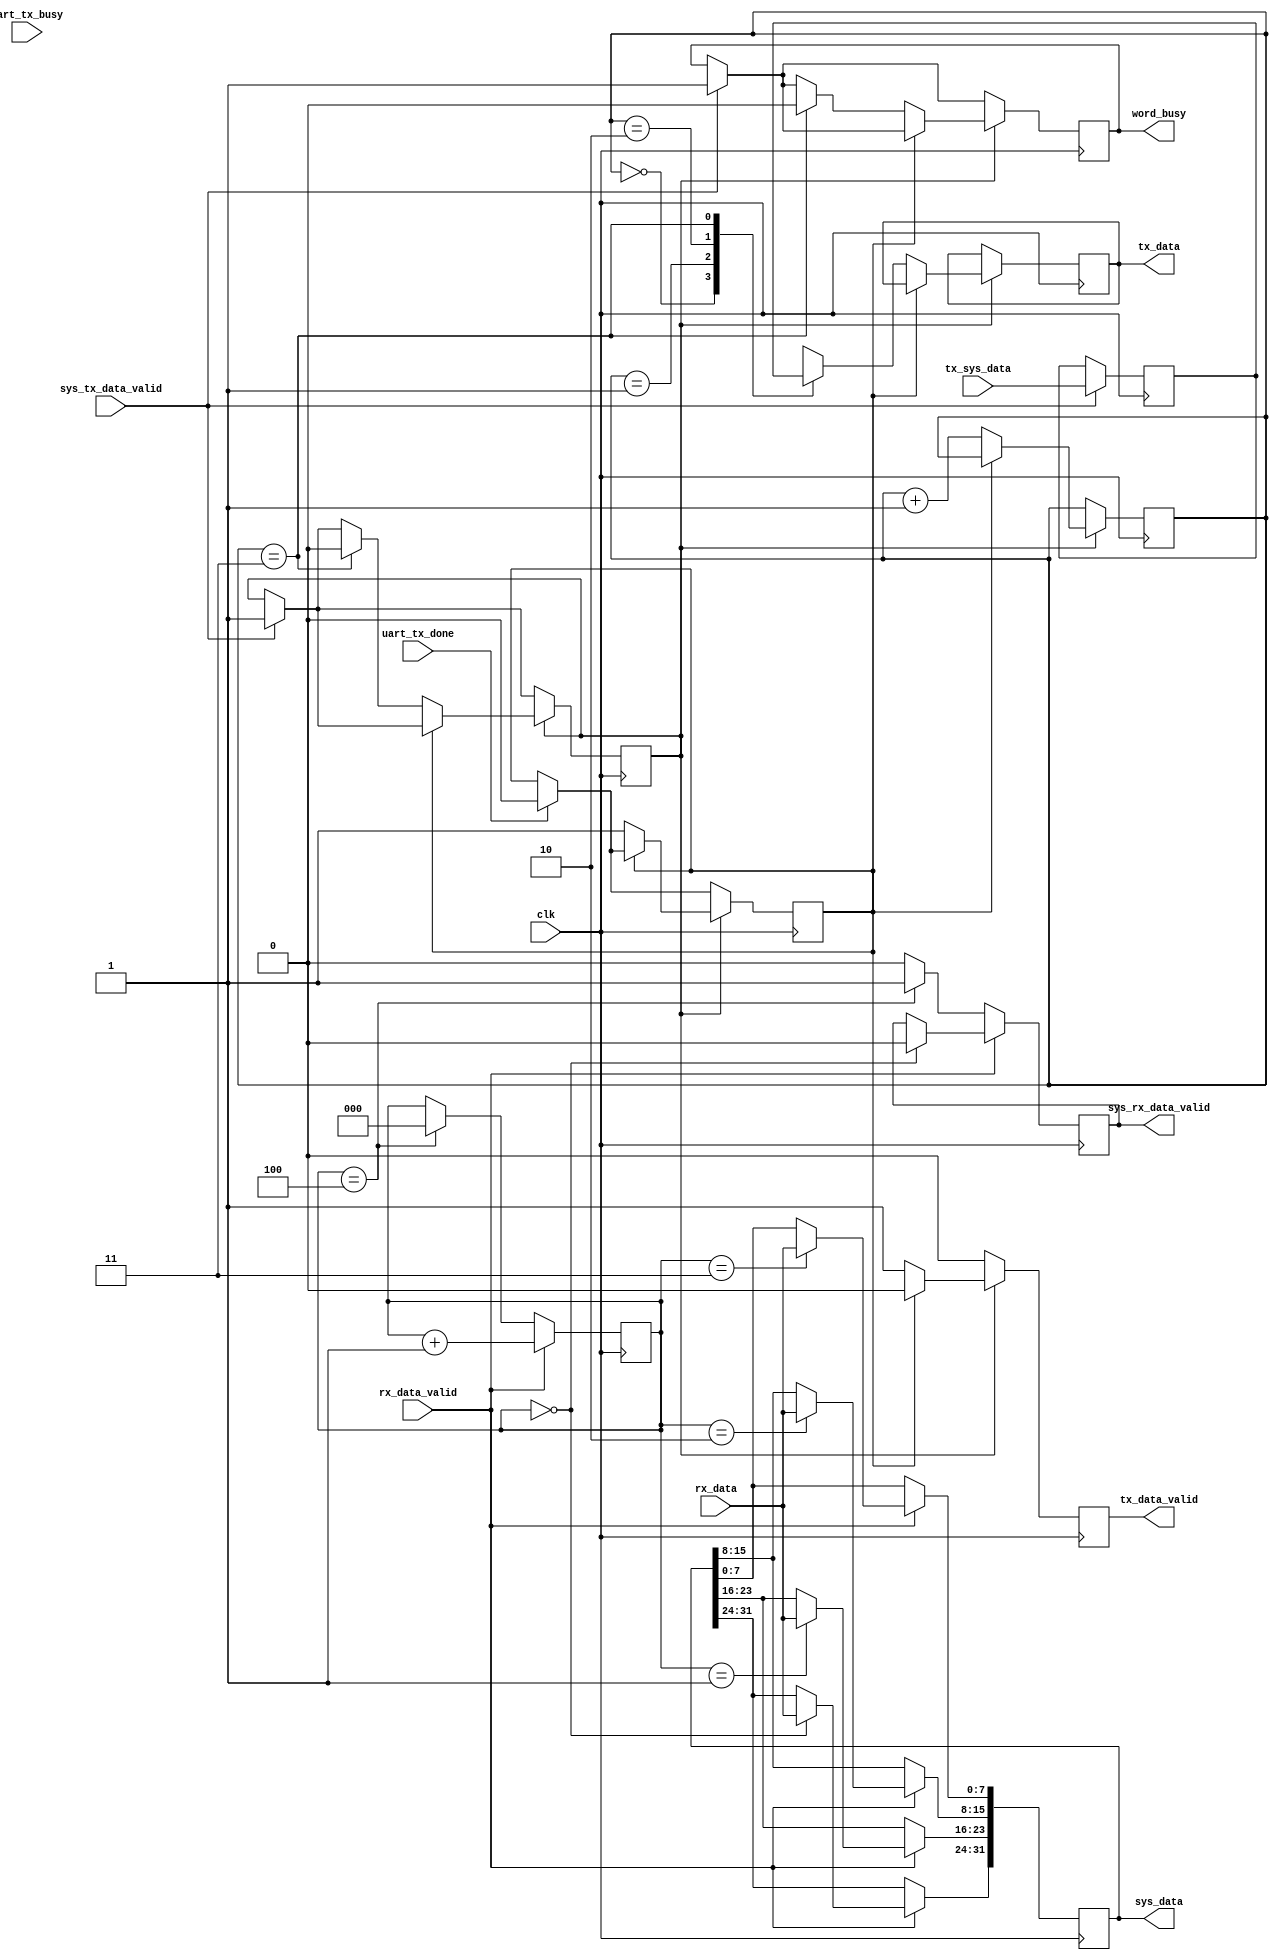
module system_buffer (
    input clk, 
    //RX
    input [7:0] rx_data,
    input rx_data_valid,
    output reg [31:0] sys_data,
    output reg sys_rx_data_valid, 
    //TX
    input [31:0] tx_sys_data,
    input sys_tx_data_valid,
    input uart_tx_busy,
    input uart_tx_done,
    output reg [7:0] tx_data,
    output reg tx_data_valid,
    output reg word_busy
);

reg [2:0] rx_cnt_byte = 0;

always @(posedge clk) 
begin
    if (rx_data_valid) begin		
        case (rx_cnt_byte)
            0: begin
                sys_data[31:24] <= rx_data;
                sys_rx_data_valid <=0;
            end    
            1: begin
                sys_data[23:16] <= rx_data;  
            end    
            2: begin
                sys_data[15:8] <= rx_data;  
            end    
            3: begin
                sys_data[7:0] <= rx_data;                
            end
        endcase  
        rx_cnt_byte <= rx_cnt_byte + 1;
    end 
    else begin
        sys_rx_data_valid <=0;
        if(rx_cnt_byte == 4) begin
             sys_rx_data_valid <=1;
             rx_cnt_byte <= 0; 
        end
    end
end

reg [31:0] tx_word;
reg [1:0] tx_cnt = 0;
reg tx_busy = 0;
reg data_ready = 0;

always @(posedge clk) 
begin
    tx_data_valid <= 0;
    if(sys_tx_data_valid) begin 
        tx_word <= tx_sys_data;
        word_busy <= 1;
        data_ready <= 1;
    end
    if(uart_tx_done) tx_busy <= 0;
    if(data_ready) begin
        if(!tx_busy) begin 
            tx_data_valid <= 1;  
            tx_busy <= 1;
            case (tx_cnt)
                0: tx_data <= tx_word[31:24];
                1: tx_data <= tx_word[23:16];
                2: tx_data <= tx_word[15:8];
                3: begin
                    tx_data <= tx_word[7:0];
                    word_busy <= 0;
                    data_ready <= 0;
                end
            endcase
            tx_cnt <= tx_cnt + 1;
        end 
    end     

end

endmodule